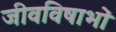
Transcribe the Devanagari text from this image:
जीवविषाभों